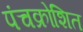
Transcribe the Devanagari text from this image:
पंचक्रोशित